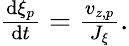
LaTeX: \begin{array}{r}{\frac{\mathrm{d}\xi_{p}}{\mathrm{d}t}=\frac{v_{z,p}}{J_{\xi}}.}\end{array}